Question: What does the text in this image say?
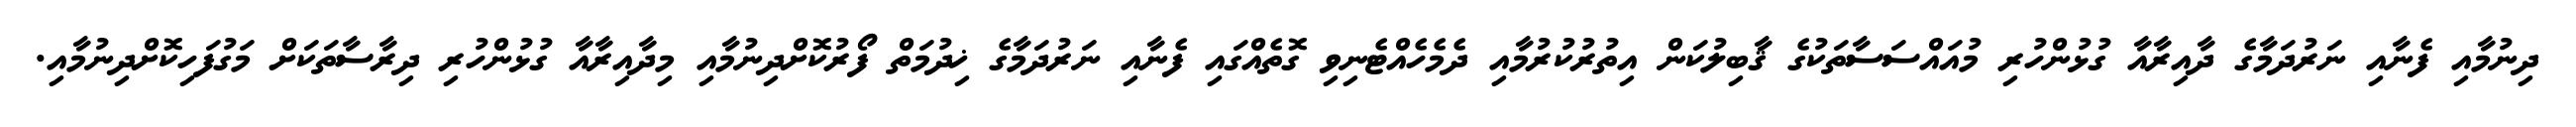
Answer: ދިނުމާއި ފެނާއި ނަރުދަމާގެ ދާއިރާއާ ގުޅުންހުރި މުއައްސަސާތަކުގެ ޤާބިލުކަން އިތުރުކުރުމާއި ދެމެހެއްޓެނިވި ގޮތެއްގައި ފެނާއި ނަރުދަމާގެ ޚިދުމަތް ފޯރުކޮށްދިނުމާއި މިދާއިރާއާ ގުޅުންހުރި ދިރާސާތަކަށް މަގުފަހިކޮށްދިނުމާއި.